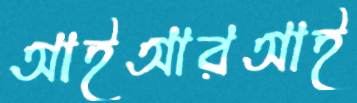
আইআরআই